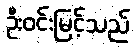
ဦးဝင်းမြင့်သည်